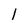
Character: l